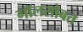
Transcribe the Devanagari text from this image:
गॉलसोबत